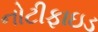
નોટીફાઇડ